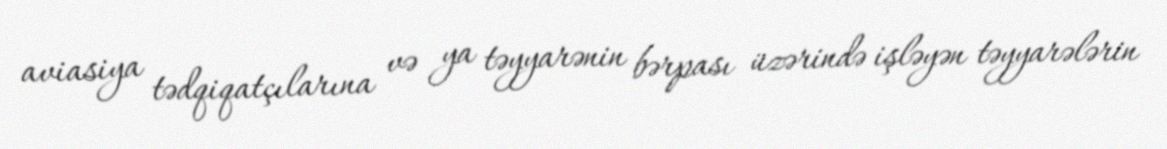
aviasiya tədqiqatçılarına və ya təyyarənin bərpası üzərində işləyən təyyarələrin